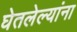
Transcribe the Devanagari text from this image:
घेतलेल्यांना